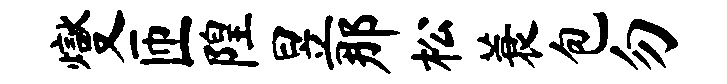
燮匝隍昱那松蓑包勿